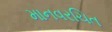
માનવરચિત